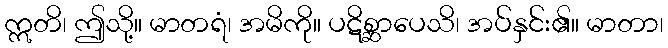
ဣတိ၊ ဤသို့။ မာတရံ၊ အမိကို။ ပဋိစ္ဆာပေသိ၊ အပ်နှင်း၏။ မာတာ၊